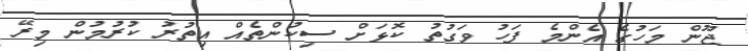
ޖޫން މަހުގެ އެންމެ ފަހު ވަގުތު ކޮޅަށް ސިކުންތެއް އިތުރު ކުރުމުން މިރޭ